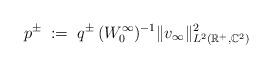
LaTeX: \begin{align*} p^{\pm}\;:=\; q^{\pm}\,(W_0^\infty)^{-1}\|v_\infty\|_{L^2(\mathbb{R}^+,\mathbb{C}^2)}^2 \end{align*}